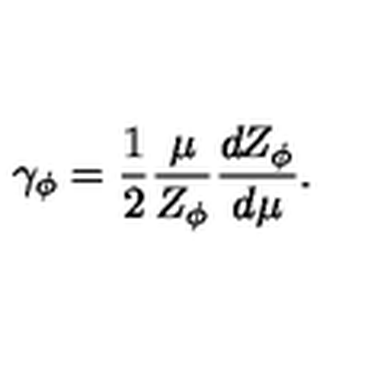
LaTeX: \gamma _ { \phi } = \frac { 1 } { 2 } \frac { \mu } { Z _ { \phi } } \frac { d Z _ { \phi } } { d \mu } .